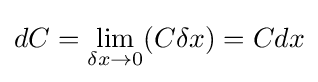
dC=\lim _{\delta x\to 0}(C\delta x)=Cdx